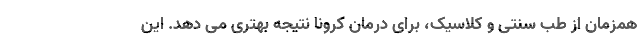
همزمان از طب سنتی و کلاسیک، برای درمان کرونا نتیجه بهتری می دهد. این